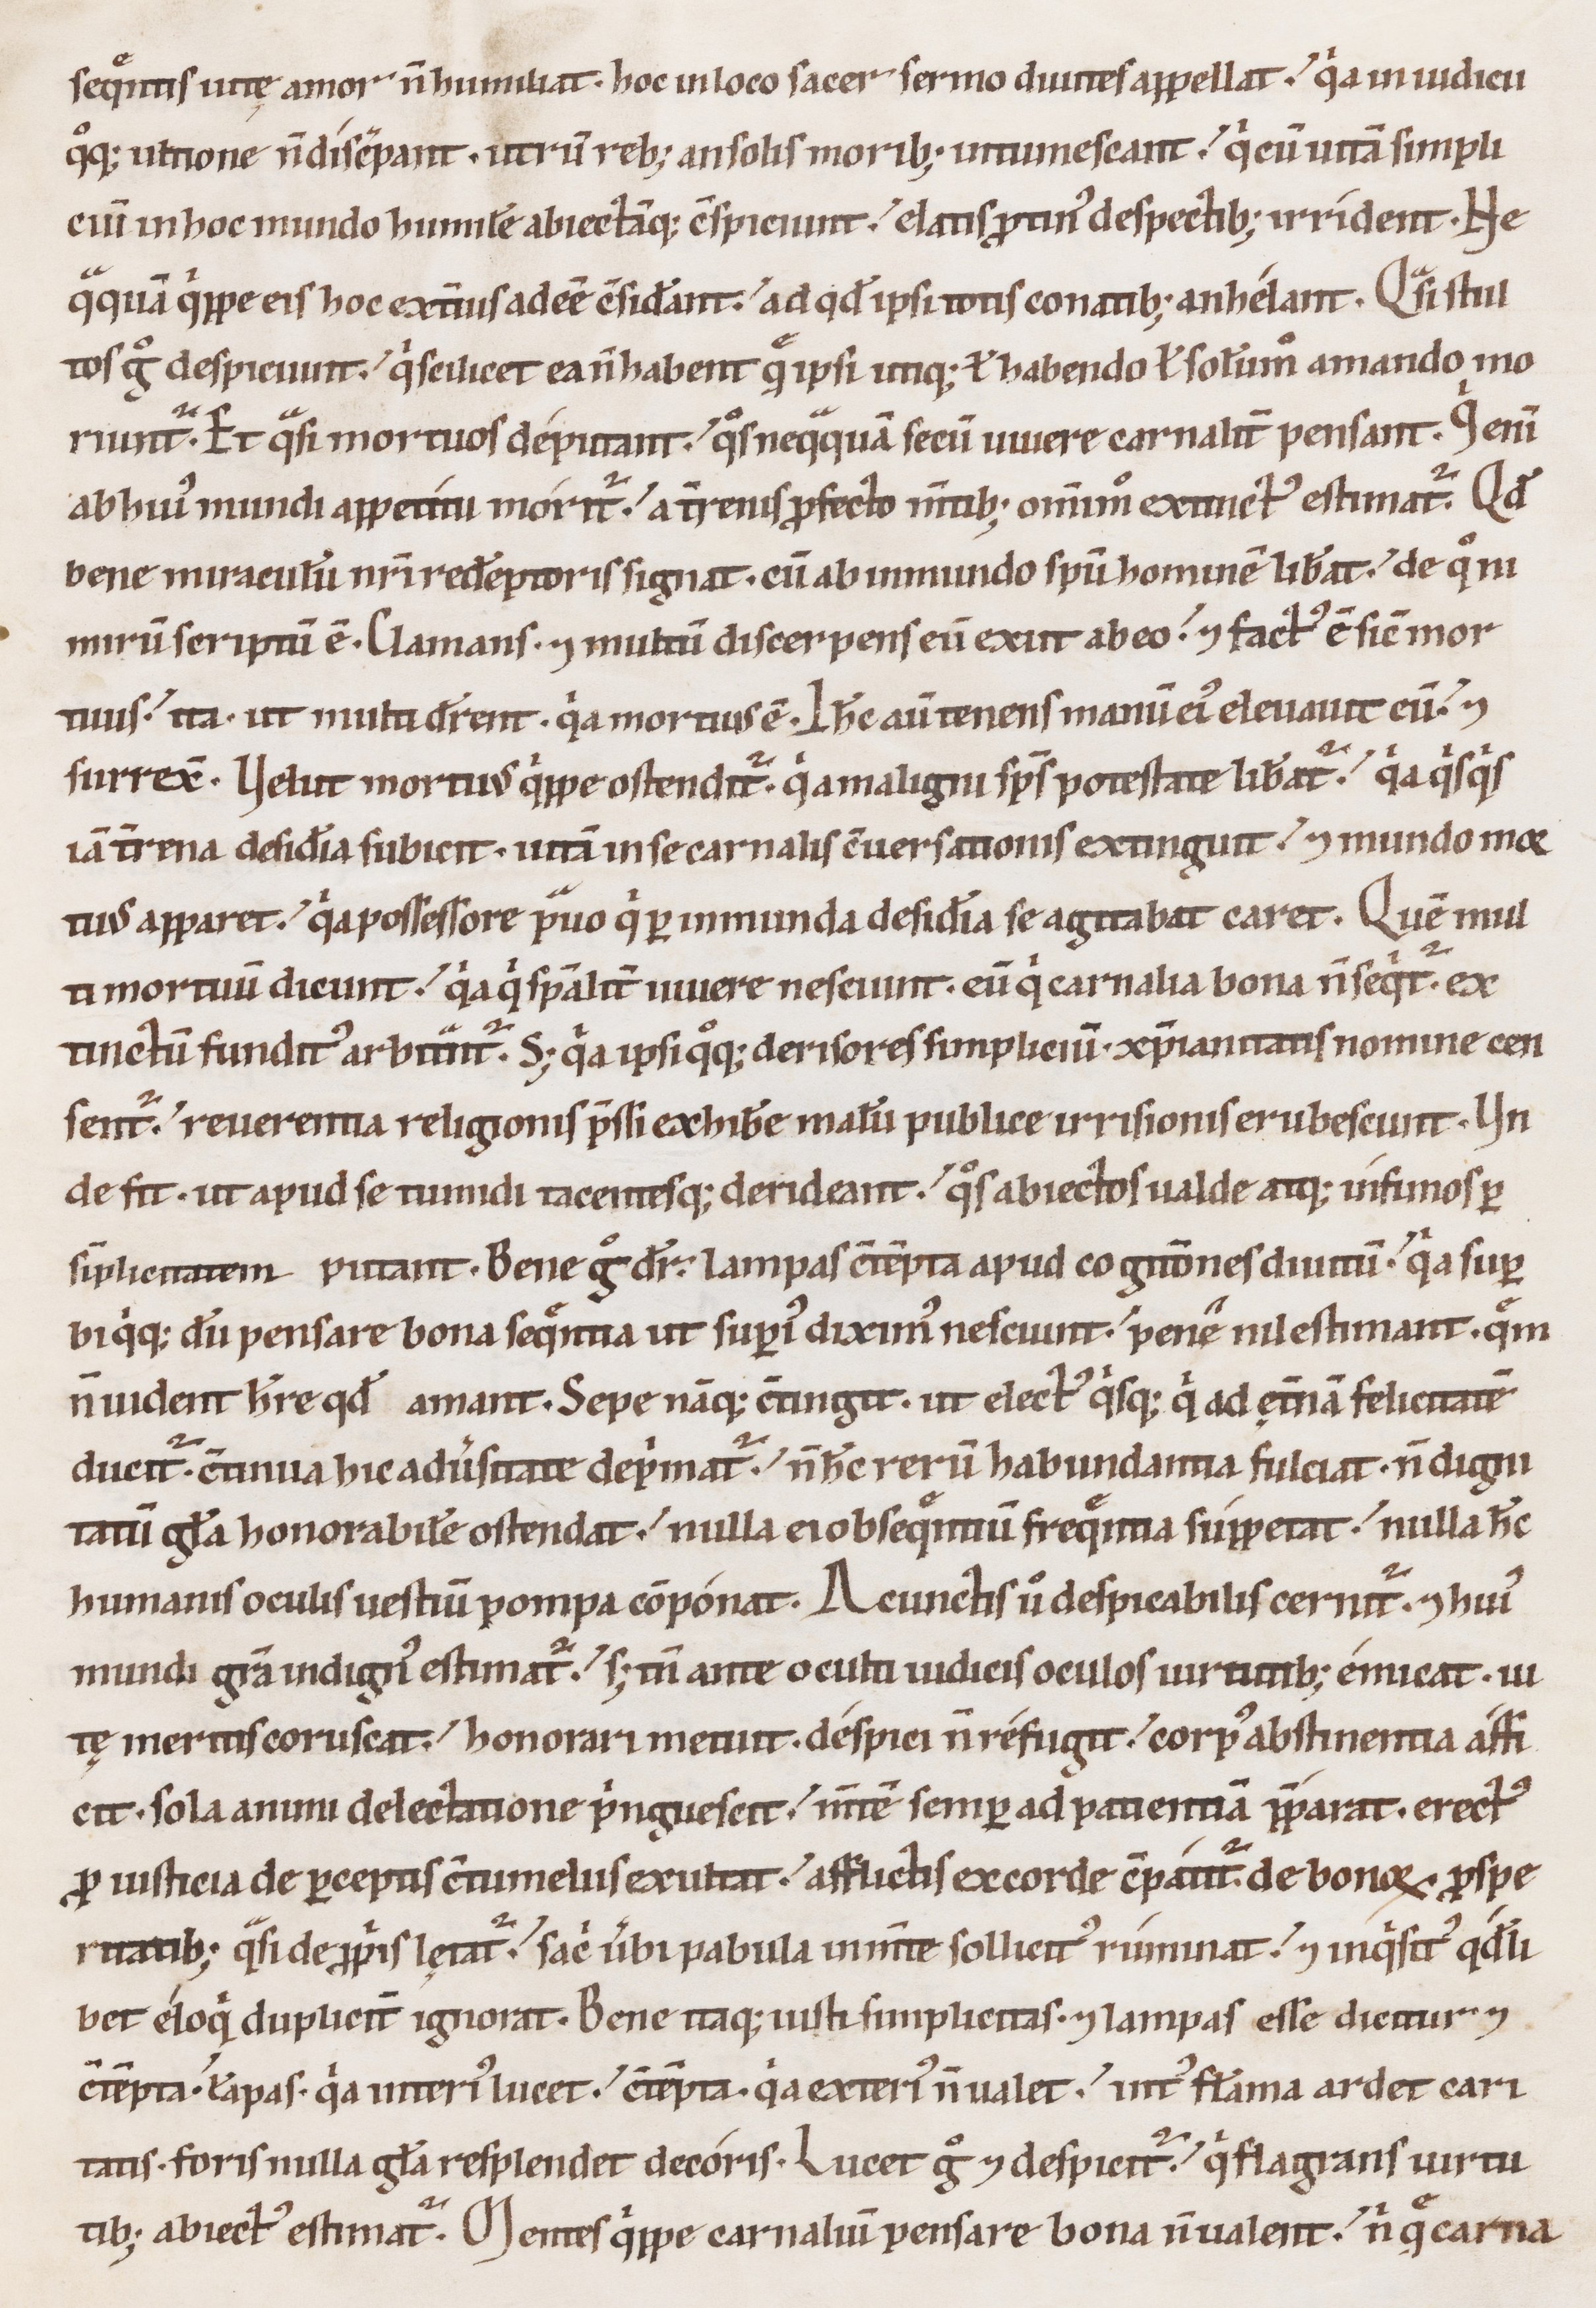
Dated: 1100–1199